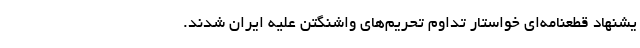
یشنهاد قطعنامه‌ای خواستار تداوم تحریم‌های واشنگتن علیه ایران شدند.